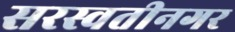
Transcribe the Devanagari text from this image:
सरस्वतीनगर